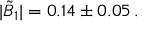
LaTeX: \vert \tilde { B } _ { 1 } \vert = 0 . 1 4 \pm 0 . 0 5 \, .